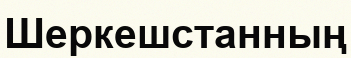
Шеркешстанның